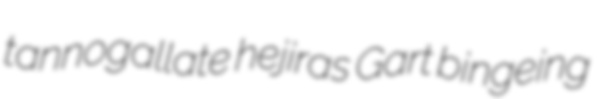
tannogallate hejiras Gart bingeing